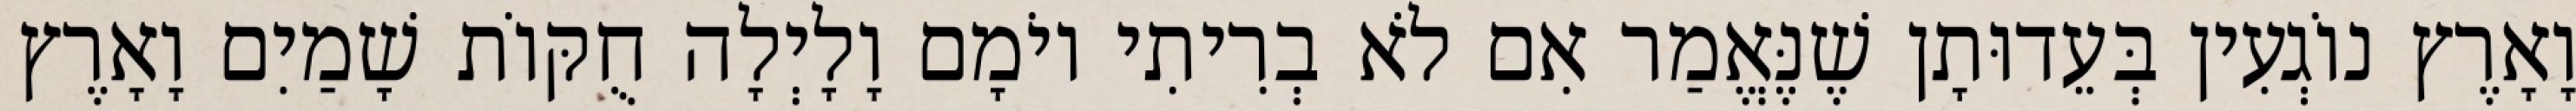
וָאָרֶץ נוֹגְעִין בְּעֵדוּתָן שֶׁנֶּאֱמַר אִם לֹא בְרִיתִי יוֹמָם וָלָיְלָה חֻקּוֹת שָׁמַיִם וָאָרֶץ